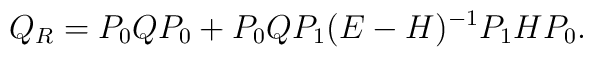
Q_R=P_0QP_0+P_0QP_1(E-H)^{-1}P_1HP_0.